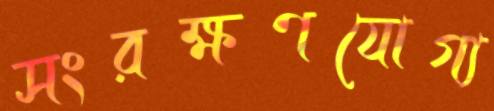
সংরক্ষণযোগ্য